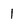
Character: 1